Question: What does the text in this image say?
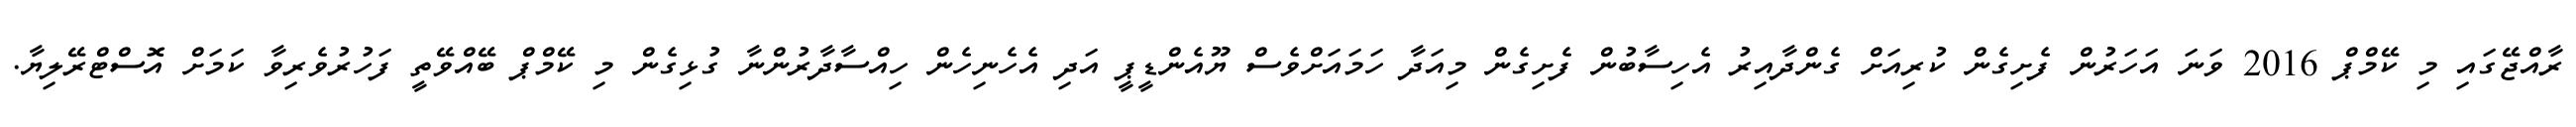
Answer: ރާއްޖޭގައި މި ކޭމްޕް 2016 ވަނަ އަހަރުން ފެށިގެން ކުރިއަށް ގެންދާއިރު އެހިސާބުން ފެށިގެން މިއަދާ ހަމައަށްވެސް ޔޫއެންޑީޕީ އަދި އެހެނިހެން ހިއްސާދާރުންނާ ގުޅިގެން މި ކޭމްޕް ބޭއްވޭތީ ފަހުރުވެރިވާ ކަމަށް އޮސްޓްރޭލިޔާ.